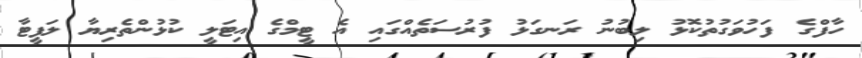
ހާފްގެ ފަހުވަގުތުކޮޅު ލިބުނު ރަނގަޅު ފުރުސަތެއްގައި އެ ޓީމްގެ އިޓަލީ ކުޅުންތެރިޔާ ލަފީޓާ